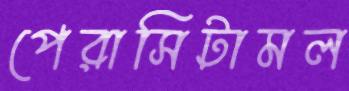
পেরাসিটামল